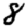
Digit: 8